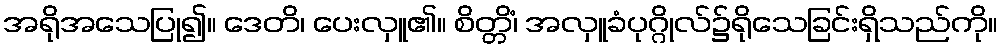
အရိုအသေပြု၍။ ဒေတိ၊ ပေးလှူ၏။ စိတ္တိံ၊ အလှူခံပုဂ္ဂိုလ်၌ရိုသေခြင်းရှိသည်ကို။